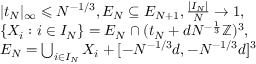
\begin{array} { r l } & { | t _ { N } | _ { \infty } \leqslant N ^ { - 1 / 3 } , E _ { N } \subseteq E _ { N + 1 } , \frac { | I _ { N } | } { N } \to 1 , } \\ & { \{ X _ { i } : i \in I _ { N } \} = E _ { N } \cap ( t _ { N } + d N ^ { - \frac 1 3 } \mathbb { Z } ) ^ { 3 } , } \\ & { E _ { N } = \bigcup _ { i \in I _ { N } } X _ { i } + [ - N ^ { - 1 / 3 } d , - N ^ { - 1 / 3 } d ] ^ { 3 } } \end{array}